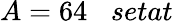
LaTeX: A=64\; \; \; setat